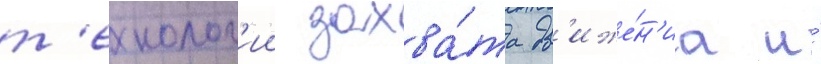
т'ехнолог'ии захва́та дв'иже́н'иа и́